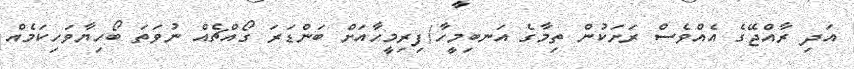
އަދި ރާއްޖޭގެ އެއްވެސް ރަށަކުން ތިމާގެ އަނބިމީހާ/ފިރިމީހާއަށް ބަންޑަރަ ގޯއްޗެއް ނުވަތަ ބޯހިޔާވަހިކަމެއް